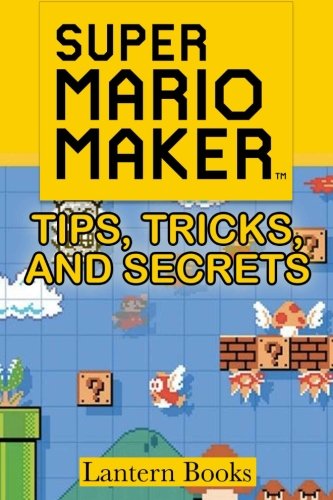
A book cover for Super Mario Maker - Tips, Tricks, and Secrets; Lantern Books; Humor & Entertainment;